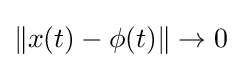
\|x(t)-\phi (t)\|\rightarrow 0